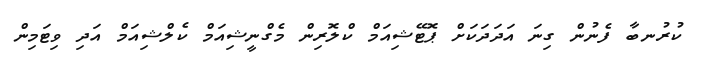
ކުރުނބާ ފެނުން ގިނަ އަދަދަކަށް ޕޮޓޭޝިއަމް ކްލޮރިން މެގްނީޝިއަމް ކެލްޝިއަމް އަދި ވިޓަމިން